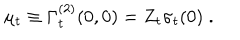
LaTeX: \mu _ { t } \equiv \Gamma _ { t } ^ { ( 2 ) } ( 0 , 0 ) = Z _ { t } \sigma _ { t } ( 0 ) \; .